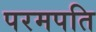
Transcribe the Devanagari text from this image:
परमपति